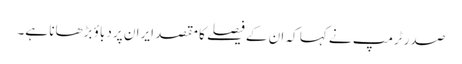
صدر ٹرمپ نے کہا کہ ان کے فیصلے کا مقصد ایران پر دباؤ بڑھانا ہے۔